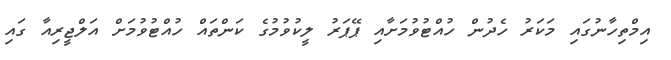
އިމްތިހާނުގައި މަކަރު ހެދުން ހުއްޓުވުމަށާއި ޕޭޕަރު ލީކުވުމުގެ ކަންތައް ހުއްޓުވުމަށް އަލްޖީރިއާ ގައި